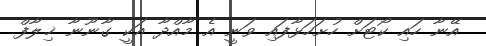
އޭނާ ހައި ކޯޓަށް ހުށަހަޅާފައި ވަނީ އެ މާއްދާ އަކީ ގާނޫނާ ޚިލާފް